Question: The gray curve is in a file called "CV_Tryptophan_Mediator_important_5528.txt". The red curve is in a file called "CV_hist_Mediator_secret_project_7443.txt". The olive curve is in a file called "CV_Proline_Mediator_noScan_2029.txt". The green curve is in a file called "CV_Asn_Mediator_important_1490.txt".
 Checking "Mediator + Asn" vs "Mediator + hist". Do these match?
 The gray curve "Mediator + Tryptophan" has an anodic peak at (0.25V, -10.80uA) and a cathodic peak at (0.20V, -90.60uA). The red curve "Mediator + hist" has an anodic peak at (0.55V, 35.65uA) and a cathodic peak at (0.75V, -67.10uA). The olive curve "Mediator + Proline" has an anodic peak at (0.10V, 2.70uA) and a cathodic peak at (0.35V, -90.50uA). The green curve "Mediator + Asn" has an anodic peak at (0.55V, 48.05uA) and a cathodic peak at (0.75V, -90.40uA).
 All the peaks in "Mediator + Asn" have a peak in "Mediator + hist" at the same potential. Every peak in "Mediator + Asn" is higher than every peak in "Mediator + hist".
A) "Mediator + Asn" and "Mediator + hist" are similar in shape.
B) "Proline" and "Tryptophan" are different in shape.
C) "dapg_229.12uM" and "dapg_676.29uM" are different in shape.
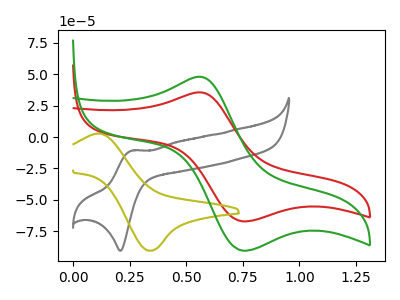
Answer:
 <answer>A) "Mediator + Asn" and "Mediator + hist" are similar in shape.</answer>
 <eval>A</eval>